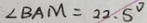
\angle B A M = 2 2 . 5 ^ { \circ }